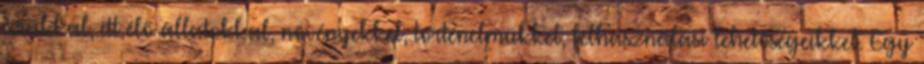
árúkkal, itt élő állatokkal, növényekkel, történelmükkel, felhasználási lehetőségeikkel. Egy